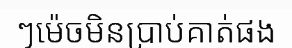
ៗម៉េចមិនប្រាប់គាត់ផង